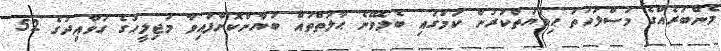
މެންބަރެއްގެ މަސްލަހަތު ޙިމާޔަތްކުރުން ކަމުގައި ބެލެވޭނެ ޙާލަތްތައް ބަޔާންކޮށްފައިވާ މަޖިލީހުގެ ގަވާއިދުގެ 52